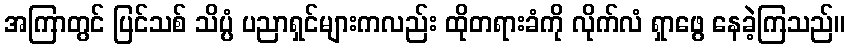
အကြာတွင် ပြင်သစ် သိပ္ပံ ပညာရှင်များကလည်း ထိုတရားခံကို လိုက်လံ ရှာဖွေ နေခဲ့ကြသည်။